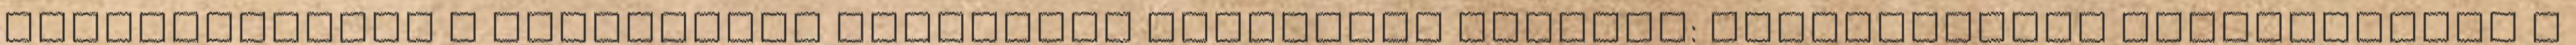
Kijelentkezés A társadalmi hálózaton keresztül belépni: Regisztráció Elfelejtette a